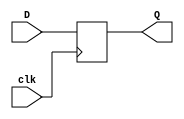
module dff(D, clk, Q);
input D, clk;
output Q;
reg Q;
always @(posedge clk)
begin
	Q = D;
end
endmodule

module pipo(in, out, clk);
input [3:0]in;
input clk;
output [3:0]out;
wire [3:0] out;
dff i1(in[0], clk, out[0]);
dff i2(in[1], clk, out[1]);
dff i3(in[2], clk, out[2]);
dff i4(in[3], clk, out[3]);
endmodule

module pipo_tb;
reg [3:0]in;
reg clk;
wire [3:0]out;
pipo i(in, out, clk);
always #5 clk = ~clk;
initial
begin
	in = 4'b1010; clk = 1'b0;
	$monitor("Time:%0t, in:%4b, clk:%b, out:%4b",$time, in, clk, out);
	#10 in = 4'b0101;
    #10 in = 4'b0010;
    #10 in = 4'b0001;
    #10 in = 4'b0000;
	#20 $finish;
end
endmodule